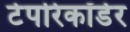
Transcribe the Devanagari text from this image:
टेपरिकॉर्डर